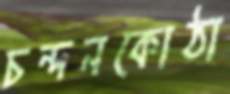
চন্দনকোঠা